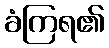
ခံကြရ၏